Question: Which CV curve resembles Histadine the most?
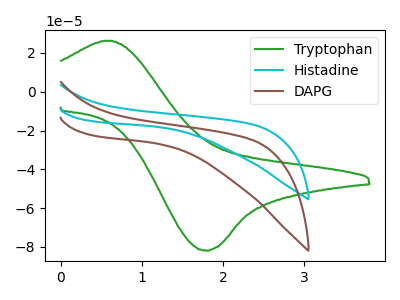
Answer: <think>The green curve "Tryptophan" has an anodic peak at (0.60V, 26.30uA) and a cathodic peak at (1.80V, -81.80uA). The cyan curve "Histadine" has no peaks. The brown curve "DAPG" has no peaks.
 "Tryptophan" and "Histadine" have a different number of peaks. "Tryptophan" and "DAPG" have a different number of peaks. Neither "Histadine" or "DAPG" have any peaks.</think>
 <answer>The CV with the most similar shape to "DAPG" is "Histadine".</answer>
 <eval>"Histadine"</eval>